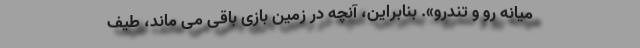
میانه رو و تندرو». بنابراین، آنچه در زمین بازی باقی می ماند، طیف